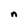
Character: n